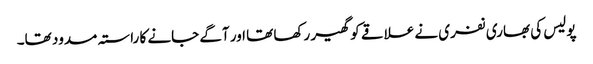
پولیس کی بھاری نفری نے علاقے کو گھیر رکھا تھا اور آگے جانے کا راستہ مسدود تھا۔